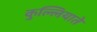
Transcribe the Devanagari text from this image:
कुल्लियाते